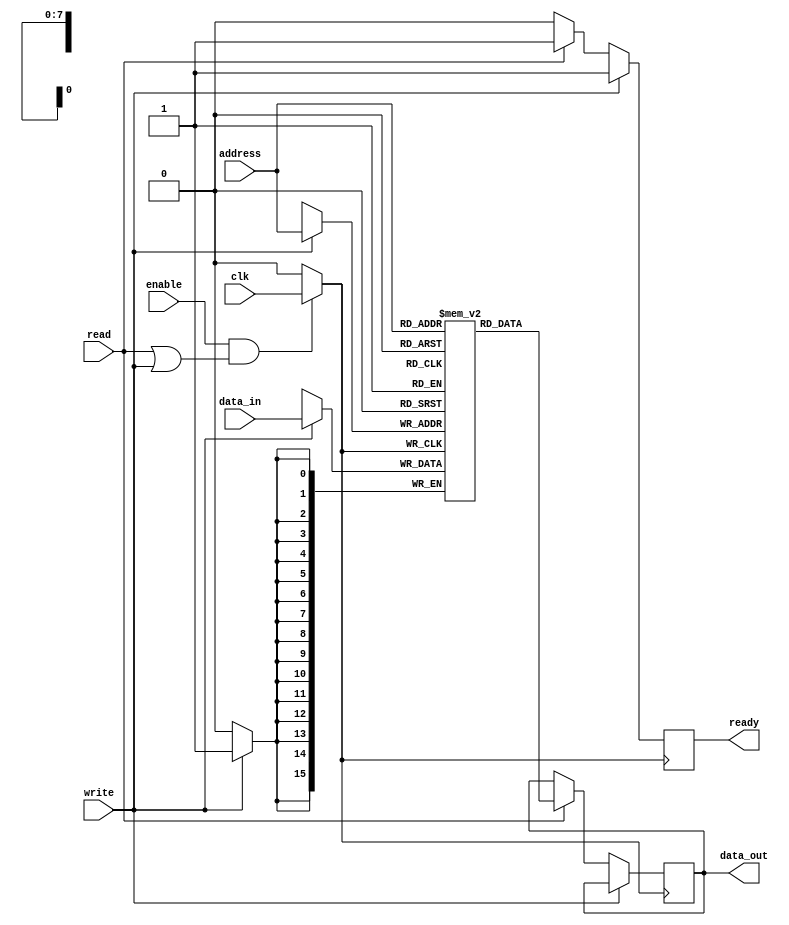
module MemoryBlock (
    input wire clk,            // Global clock input
    input wire enable,         // Control signal to enable/disable memory operations
    input wire [7:0] address,  // Address input for memory access
    input wire [15:0] data_in, // Data input for writing
    input wire read,           // Read command
    input wire write,          // Write command
    output reg [15:0] data_out, // Data output for reading
    output reg ready          // Ready signal indicating operation completion
);
    parameter MEM_SIZE = 256;  // Memory size
    reg [15:0] memory [0:MEM_SIZE-1]; // Memory array

    // Gated clock signal
    wire gated_clk;
    reg clk_enable;

    // Clock Gating Logic
    always @* begin
        // Enable clock when memory is active (reading or writing)
        clk_enable = enable && (read || write);
    end

    // Clock gating mechanism
    assign gated_clk = clk_enable ? clk : 1'b0;

    // Memory Operations
    always @(posedge gated_clk) begin
        ready <= 0; // Start operation, set ready low
        if (write) begin
            memory[address] <= data_in; // Write data
            ready <= 1;                 // Operation complete
        end
        else if (read) begin
            data_out <= memory[address]; // Read data
            ready <= 1;                 // Operation complete
        end
    end

endmodule